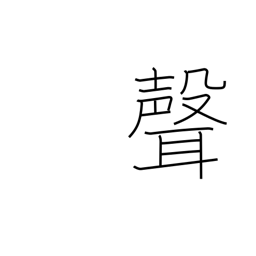
Meaning: tone